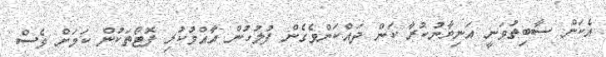
އެކަން ސާބިތުވަނީ އަނިޔާނުކުރާ ކަން ދައްކަންވެގެން ފުލުހުން އާއްމުކުރި ފޮޓޯތަކުން ކަމަށް ވެސް